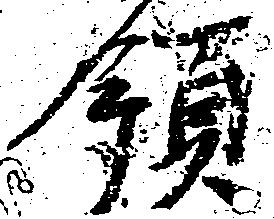
領